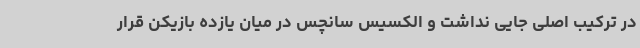
در ترکیب اصلی جایی نداشت و الکسیس سانچس در میان یازده بازیکن قرار